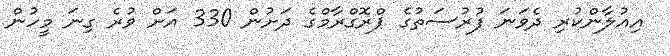
އިއުލާންކުރި ދެވަނަ ފުރުސަތުގެ ޕްރޮގްރާމްގެ ދަށުން 330 އަށް ވުރެ ގިނަ މީހުން